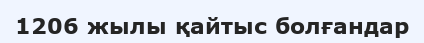
1206 жылы қайтыс болғандар